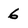
Character: 6